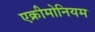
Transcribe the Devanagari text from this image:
एक्रीमोनियम